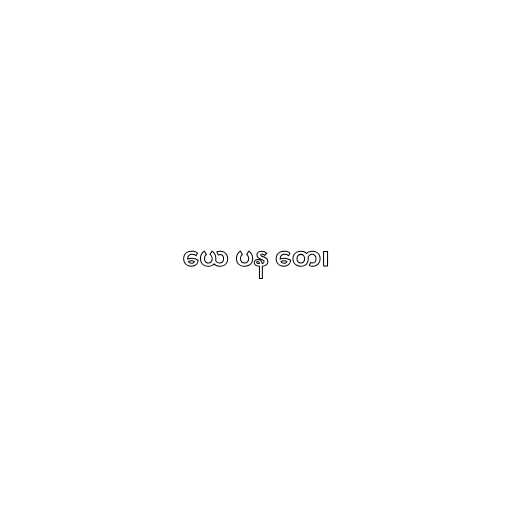
ယေ ပန တေ၊